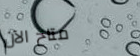
متاح الآن